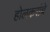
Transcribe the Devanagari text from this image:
होलकरांचे